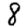
Digit: 8